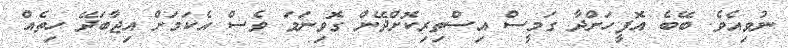
ނުވިއެވެ. ބޭބެ އޮފީހަށްދާ ގަމީސް އިސްތިރިކޮށްދޭން ގޮވިނަމަ ވެސް އެކަމަށް އިޖާބަދޭ ހިތެއް